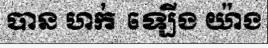
បាន ហក់ ឡើង យ៉ាង